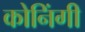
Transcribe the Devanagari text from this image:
कोनिंगी